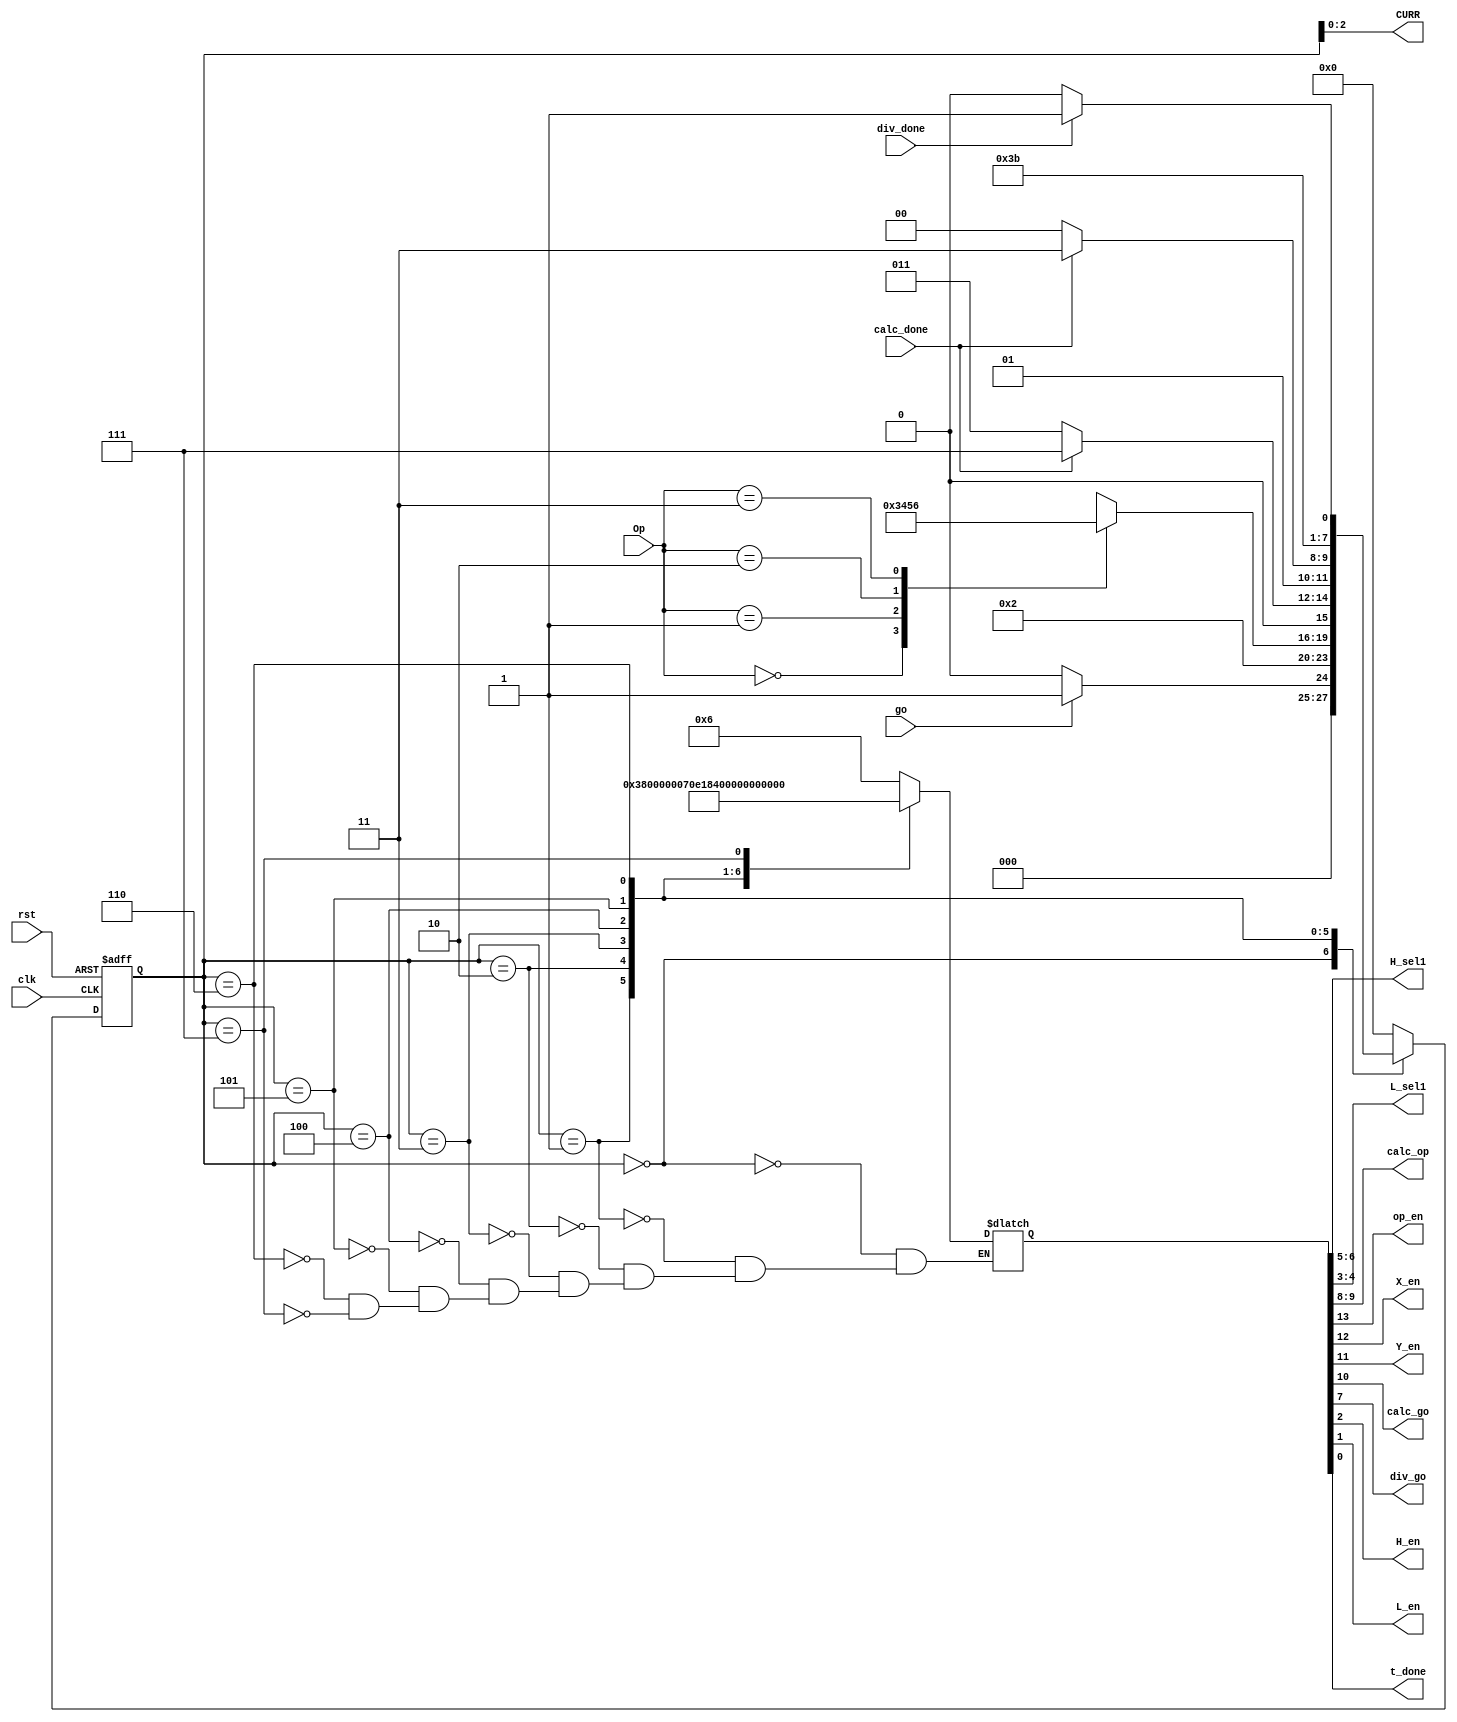
`timescale 1ns / 1ps
//////////////////////////////////////////////////////////////////////////////////
// Company: 
// Engineer: 
// 
// Design Name: 
// Module Name: top_CU
// Project Name: 
// Target Devices: 
// Tool Versions: 
// Description: 
// 
// Dependencies: 
// 
// Revision:
// Revision 0.01 - File Created
// Additional Comments:
// 
//////////////////////////////////////////////////////////////////////////////////


module top_CU( input clk, go, rst, calc_done, div_done,
input [1:0] Op,
output [1:0] H_sel1, L_sel1, calc_op,
output  op_en, X_en, Y_en, calc_go, div_go, H_en, L_en, t_done,
output [2:0] CURR
    );

    reg [14:0] word;
    reg [3:0] CS,NS;
    parameter IDLE=3'b000, LOAD=3'b001, WAIT=3'b010, A_WAIT=3'b011, S_WAIT=3'b100, M_WAIT=3'b101, D_WAIT=3'b110, DONE=3'b111;
    assign {op_en, X_en, Y_en, calc_go, calc_op, div_go, H_sel1, L_sel1, H_en, L_en, t_done} = word;

    initial begin
    	CS=IDLE;
    end
    assign CURR=CS;

    always@(go, rst, calc_done, div_done, Op, CS) begin
    	case(CS)
    		IDLE:begin  if(go) NS=LOAD;
    			  else NS=IDLE;
    			  end
    		LOAD: NS=WAIT;
    		WAIT:begin 
    				 case(Op)
    					2'b00: NS=A_WAIT;
    					2'b01: NS=S_WAIT;
    					2'b10: NS=M_WAIT;
    					2'b11: NS=D_WAIT;
    				  endcase
    			 end
    		A_WAIT:begin if(calc_done) NS=DONE;
    					 else NS=A_WAIT;
    			   end
    		S_WAIT:begin if(calc_done) NS=DONE;
    					 else NS=S_WAIT;
    			   end
    		M_WAIT: NS=DONE;
    		D_WAIT:begin if(div_done) NS=DONE;
    					 else NS=D_WAIT;
    			   end
    		default: NS=IDLE;
    	endcase
    end

    always@(posedge clk, posedge rst) begin
    	if(rst) CS<=IDLE;
    	else CS<=NS;
    end

    always@(CS) begin
    	case(CS)
    	IDLE: word=14'b000_000_0_000011_0;
    	LOAD: word=14'b111_000_0_000000_0;
    	WAIT: word=14'b000_000_0_000000_0;
      A_WAIT: word=14'b000_111_0_000111_0;
      S_WAIT: word=14'b000_110_0_000111_0;
      M_WAIT: word=14'b000_000_0_101011_0;
      D_WAIT: word=14'b000_000_1_111111_0;
        DONE: word=14'b000_000_0_000000_1;
       endcase
    end
endmodule